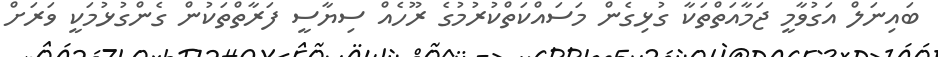
ބައިނަލް އަގުވާމީ ޖަމާއަތްތަކާ ގުޅިގެން މަސައްކަތްކުރުމުގެ ރޫހެއް ސިޔާސީ ފަރާތްތަކުން ގެންގުޅުމަކީ ވަރަށް